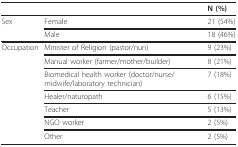
|  |  | N (%) |
 | --- | --- | --- |
 | Sex | Female | 21 (54%) |
 |  | Male | 18 (46%) |
 | Occupation | Minister of Religion (pastor/nun) | 9 (23%) |
 |  | Manual worker (farmer/mother/builder) | 8 (21%) |
 |  | Biomedical health worker (doctor/nurse/midwife/laboratory technician) | 7 (18%) |
 |  | Healer/naturopath | 6 (15%) |
 |  | Teacher | 5 (13%) |
 |  | NGO worker | 2 (5%) |
 |  | Other | 2 (5%) |